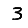
Digit: 3